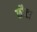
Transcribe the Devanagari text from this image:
छौटा